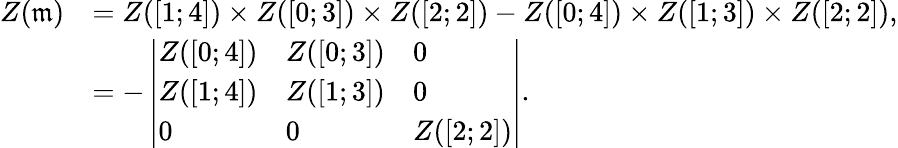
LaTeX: \begin{array}{rl}{Z(\mathfrak{m})}&{=Z([1;4])\times Z([0;3])\times Z([2;2])-Z([0;4])\times Z([1;3])\times Z([2;2]),}\\ &{=-\left|\begin{array}{lll}{Z([0;4])}&{Z([0;3])}&{0}\\ {Z([1;4])}&{Z([1;3])}&{0}\\ {0}&{0}&{Z([2;2])}\end{array}\right|.}\end{array}